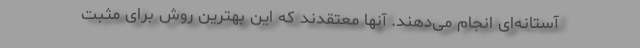
آستانه‌ای انجام می‌دهند. آنها معتقدند که این بهترین روش برای مثبت